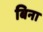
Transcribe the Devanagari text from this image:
बिना